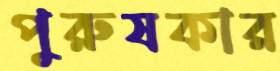
পুরুষকার